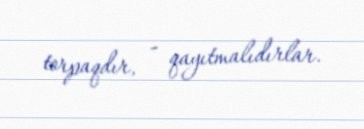
torpaqdır, - qayıtmalıdırlar.